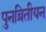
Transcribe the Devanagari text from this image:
पुनव्रितीयन